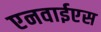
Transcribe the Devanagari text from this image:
एनवाईएस